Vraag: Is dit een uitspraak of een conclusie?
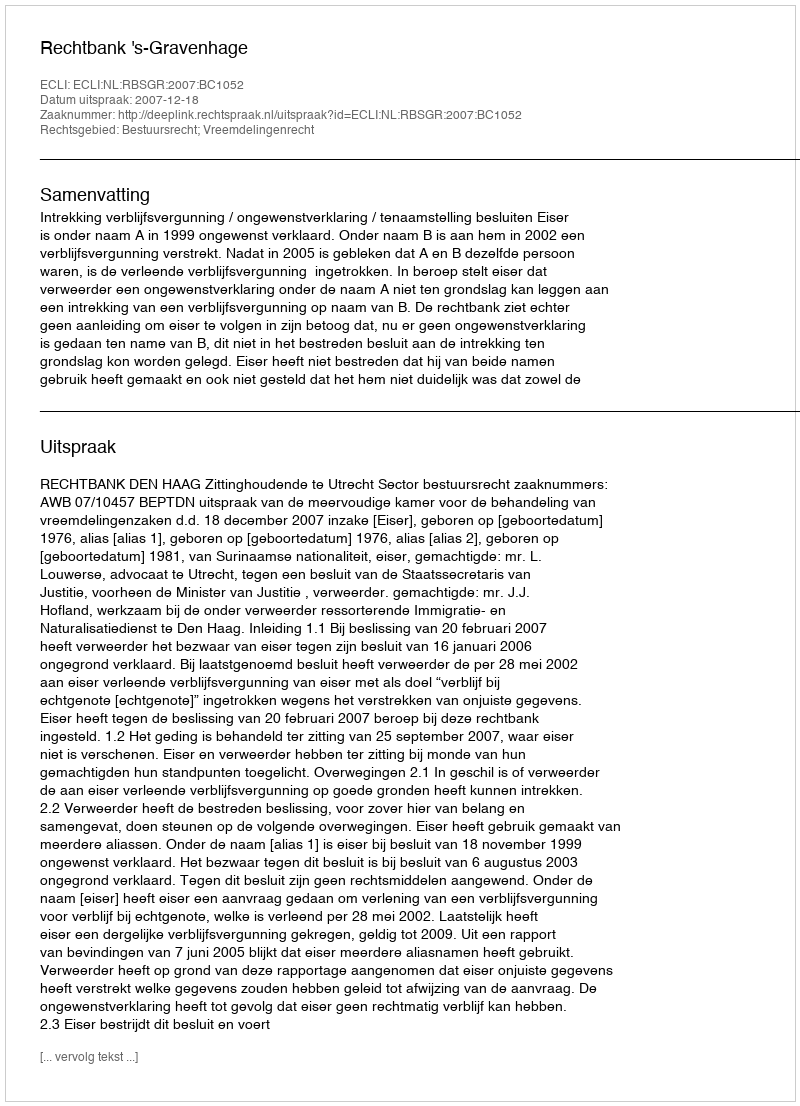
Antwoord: Uitspraak